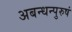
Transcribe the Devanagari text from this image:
अबन्धन्पुरुषं